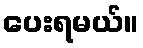
ပေးရမယ်။